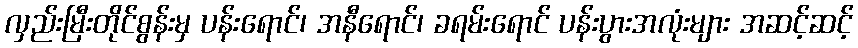
လှည်းမြီးတိုင်စွန်းမှ ပန်းရောင်၊ အနီရောင်၊ ခရမ်းရောင် ပန်းပွားအလုံးများ အဆင့်ဆင့်